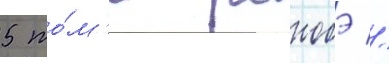
5 то́м'е ранобэ //